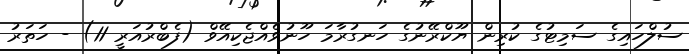
ސުލްހައިގެ ސަމިޓުގެ ކުރިން ޔޫކްރޭނުގެ ހަނގުރާމަ ހޫނުވެއްޖެކިއޭވް (ފެބްރުއަރީ 11) - ހަތަރު